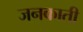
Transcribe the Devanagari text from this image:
जनकाती